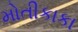
મોતીકાકા